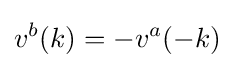
v^{b}(k)=-v^{a}(-k)